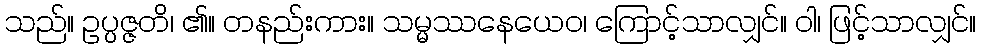
သည်။ ဥပ္ပဇ္ဇတိ၊ ၏။ တနည်းကား။ သမ္မဿနေယေဝ၊ ကြောင့်သာလျှင်။ ဝါ၊ ဖြင့်သာလျှင်။